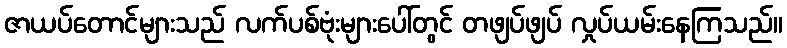
ဇာယပ်တောင်များသည် လက်ပစ်ဗုံးများပေါ်တွင် တဖျပ်ဖျပ် လှုပ်ယမ်းနေကြသည်။